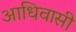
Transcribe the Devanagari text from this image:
आधिवासी